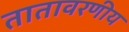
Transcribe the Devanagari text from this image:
तातावरणीय